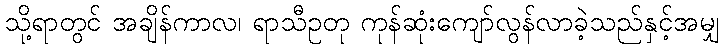
သို့ရာတွင် အချိန်ကာလ၊ ရာသီဥတု ကုန်ဆုံးကျော်လွန်လာခဲ့သည်နှင့်အမျှ